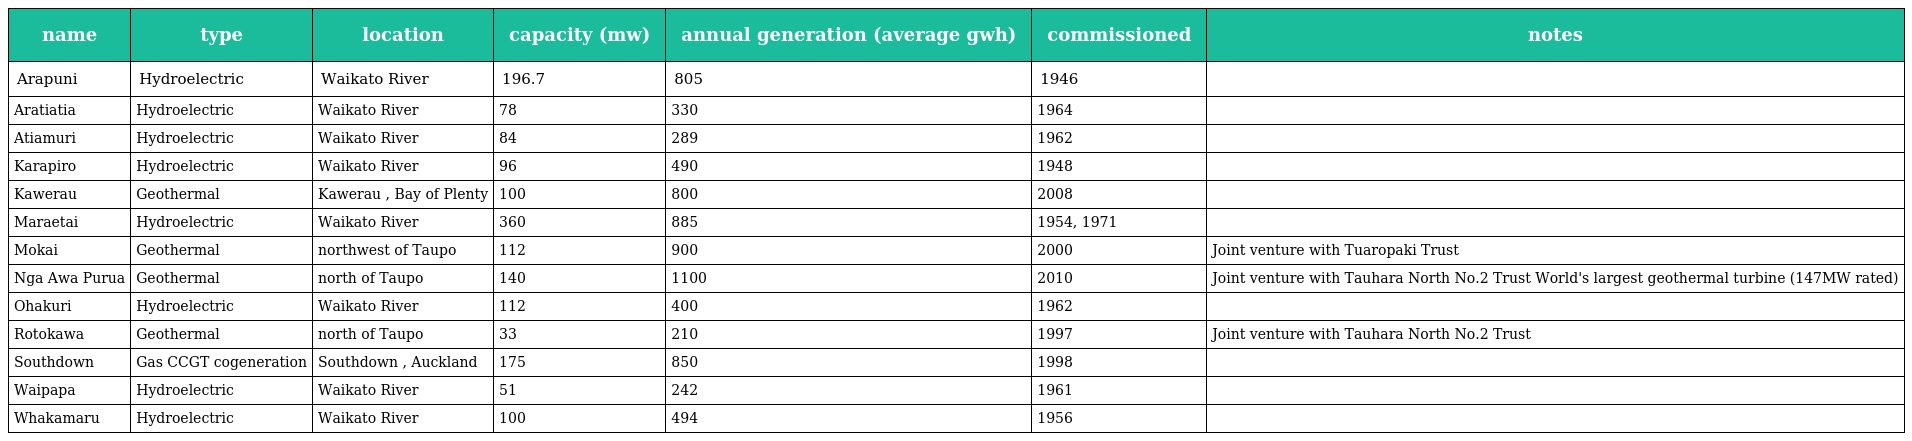
| name | type | location | capacity (mw) | annual generation (average gwh) | commissioned | notes |
 | --- | --- | --- | --- | --- | --- | --- |
 | Arapuni | Hydroelectric | Waikato River | 196.7 | 805 | 1946 |  |
 | Aratiatia | Hydroelectric | Waikato River | 78 | 330 | 1964 |  |
 | Atiamuri | Hydroelectric | Waikato River | 84 | 289 | 1962 |  |
 | Karapiro | Hydroelectric | Waikato River | 96 | 490 | 1948 |  |
 | Kawerau | Geothermal | Kawerau , Bay of Plenty | 100 | 800 | 2008 |  |
 | Maraetai | Hydroelectric | Waikato River | 360 | 885 | 1954, 1971 |  |
 | Mokai | Geothermal | northwest of Taupo | 112 | 900 | 2000 | Joint venture with Tuaropaki Trust |
 | Nga Awa Purua | Geothermal | north of Taupo | 140 | 1100 | 2010 | Joint venture with Tauhara North No.2 Trust World's largest geothermal turbine (147MW rated) |
 | Ohakuri | Hydroelectric | Waikato River | 112 | 400 | 1962 |  |
 | Rotokawa | Geothermal | north of Taupo | 33 | 210 | 1997 | Joint venture with Tauhara North No.2 Trust |
 | Southdown | Gas CCGT cogeneration | Southdown , Auckland | 175 | 850 | 1998 |  |
 | Waipapa | Hydroelectric | Waikato River | 51 | 242 | 1961 |  |
 | Whakamaru | Hydroelectric | Waikato River | 100 | 494 | 1956 |  |